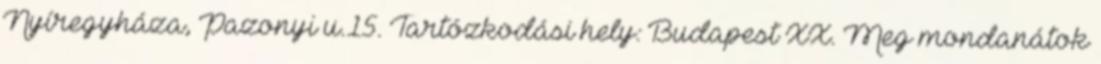
Nyíregyháza, Pazonyi u.15. Tartózkodási hely: Budapest XX. Meg mondanátok